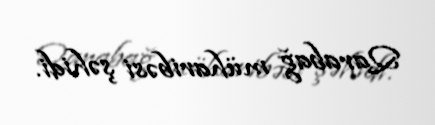
Qarabağ müharibəsi şəhidi.